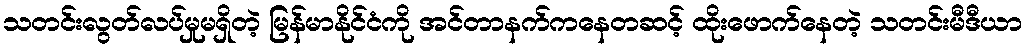
သတင်းလွတ်လပ်မှုမရှိတဲ့ မြန်မာနိုင်ငံကို အင်တာနက်ကနေတဆင့် ထိုးဖောက်နေတဲ့ သတင်းမီဒီယာ